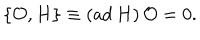
\{ { \cal O } , H \} \equiv ( \mathrm { a d } \, H ) \, { \cal O } = 0 .